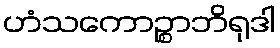
ဟံသကောဉ္စာဘိရုဒါ